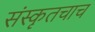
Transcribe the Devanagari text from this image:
संस्कॄतचाच